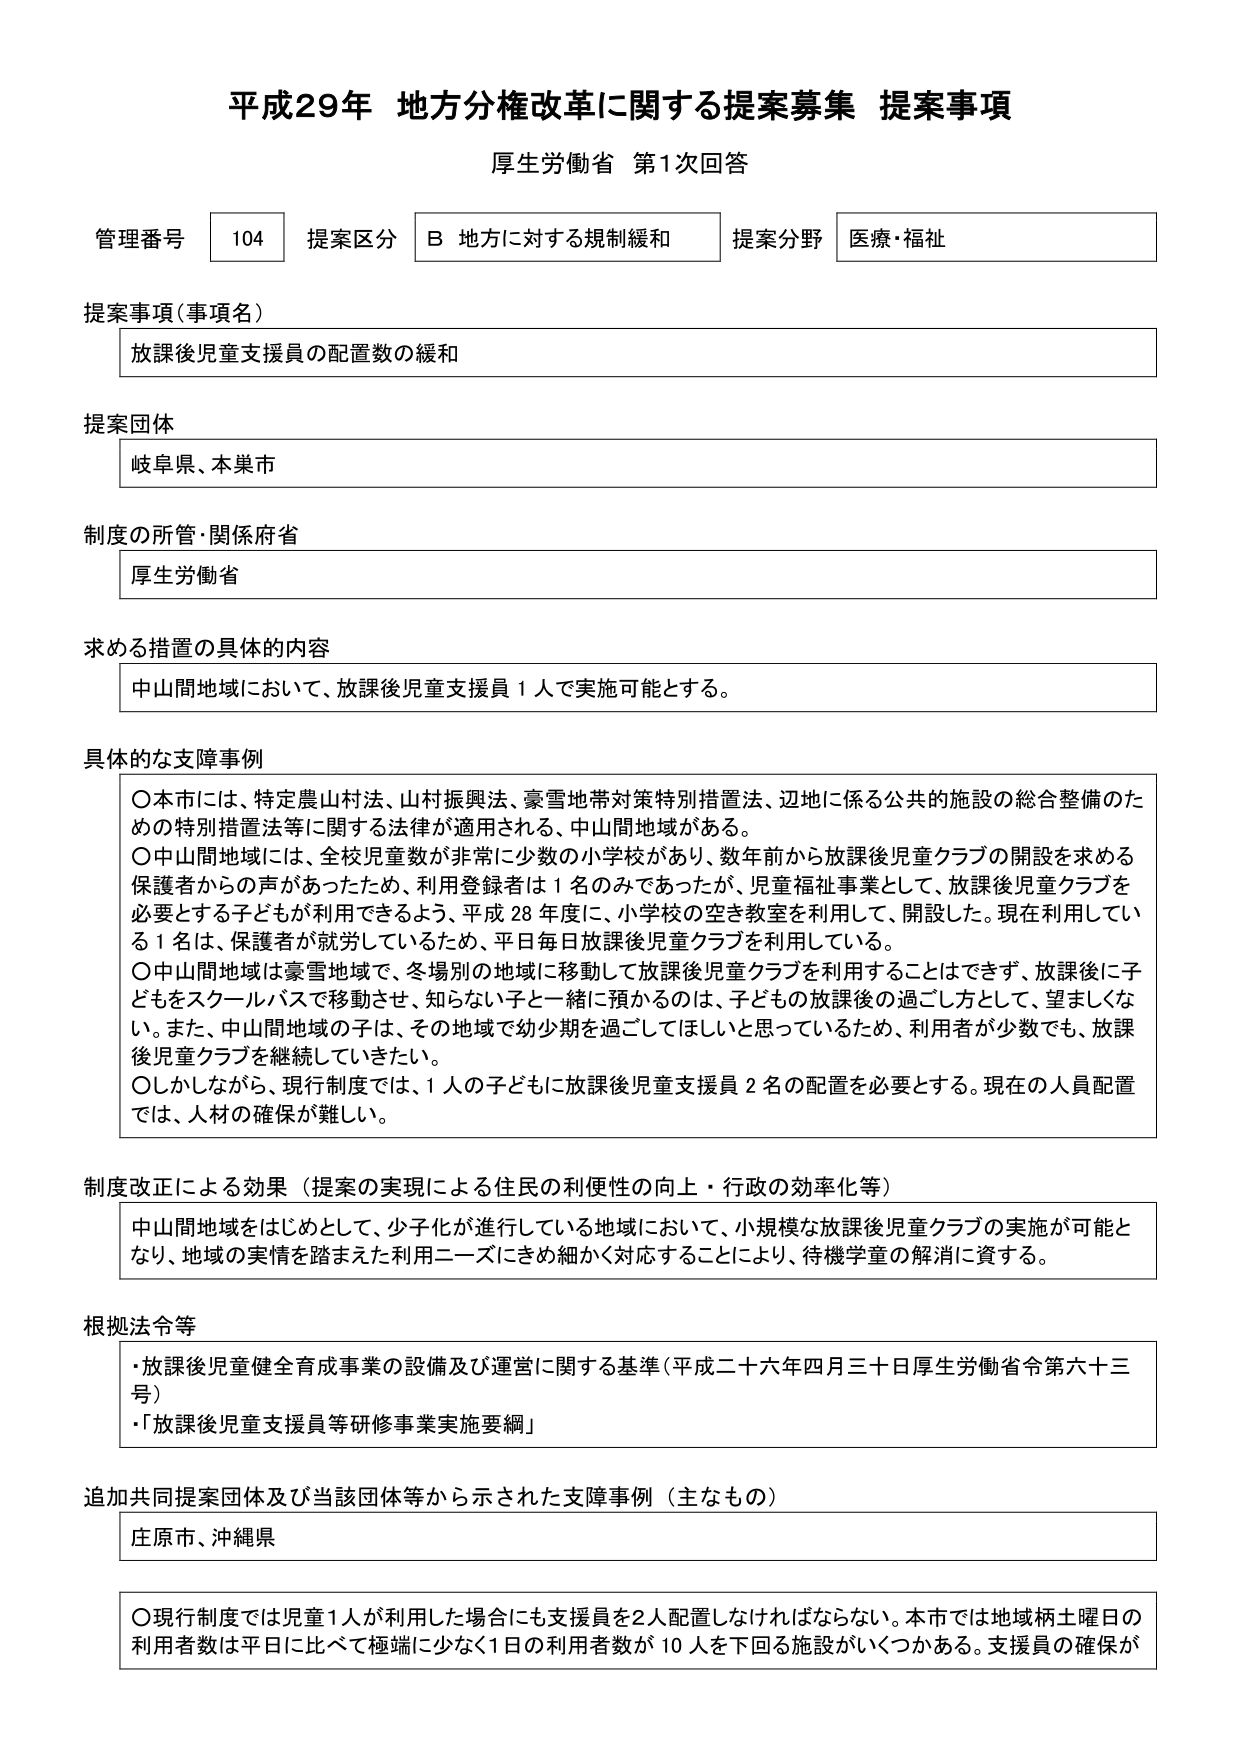
平成29年 地方分権改革に関する提案募集 提案事項
厚生労働省 第1次回答

管理番号 104 提案区分 B 地方に対する規制緩和 提案分野 医療・福祉

提案事項（事項名）
放課後児童支援員の配置数の緩和

提案団体
岐阜県、本巣市

制度の所管・関係府省
厚生労働省

求める措置の具体的内容
中山間地域において、放課後児童支援員1人で実施可能とする。

具体的な支障事例
〇本市には、特定農山村法、山村振興法、豪雪地帯対策特別措置法、辺地に係る公共的施設の総合整備のための特別措置法等に関する法律が適用され、中山間地域がある。
〇中山間地域には、全校児童数が非常に少数の小学校があり、数年前から放課後児童クラブの開設を求める保護者からの声があったため、利用登録者は1名のみであったが、児童福祉事業として、放課後児童クラブを必要とする子どもが利用できるよう、平成28年度に、小学校の空き教室を利用して、開設した。現在利用している1名は、保護者が就労しているため、平日毎日放課後児童クラブを利用している。
〇中山間地域は豪雪地域で、冬場別の地域に移動して放課後児童クラブを利用することはできず、放課後に子どもをスクールバスで移動させ、知らない子と一緒に預かるのは、子どもの放課後の過ごし方として、望ましくない。また、中山間地域の子は、その地域で幼少期を過ごしてほしいと思っているため、利用者が少数でも、放課後児童クラブを継続していきたい。
〇しかしながら、現行制度では、1人の子どもに放課後児童支援員2名の配置を必要とする。現在の人員配置では、人材の確保が難しい。

制度改正による効果（提案の実現による住民の利便性の向上・行政の効率化等）
中山間地域をはじめとして、少子化が進行している地域において、小規模な放課後児童クラブの実施が可能となり、地域の実情を踏まえた利用ニーズにきめ細かく対応することにより、待機学童の解消に資する。

根拠法令等
・放課後児童健全育成事業の設備及び運営に関する基準（平成二十六年四月三十日厚生労働省令第六十三号）
・「放課後児童支援員等研修事業実施要綱」

追加共同提案団体及び当該団体等から示された支障事例（主なもの）
庄原市、沖縄県

〇現行制度では児童1人が利用した場合にも支援員を2人配置しなければならない。本市では地域柄土曜日の利用者数は平日比べて極端に少なく1日の利用者数が10人を下回る施設がいくつかある。支援員の確保が